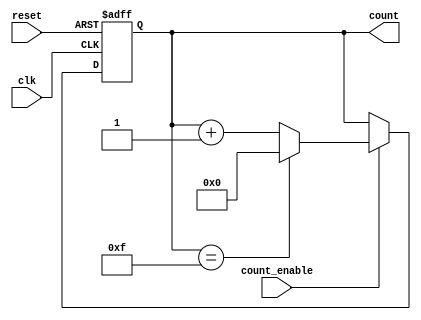
module async_counter #(
    parameter WIDTH = 4 // Define the width of the counter (number of bits)
)(
    input wire clk,          // Clock input
    input wire reset,        // Asynchronous reset input
    input wire count_enable, // Count enable input
    output reg [WIDTH-1:0] count // Output count value
);

// Asynchronous reset and counting logic
always @(posedge clk or posedge reset) begin
    if (reset) begin
        count <= 0; // Reset the counter to zero
    end else if (count_enable) begin
        if (count == (1 << WIDTH) - 1) begin
            count <= 0; // Wrap around when max count is reached
        end else begin
            count <= count + 1; // Increment the counter
        end
    end
end

endmodule